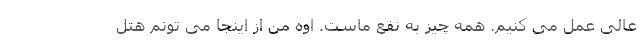
عالی عمل می کنیم. همه چیز به نفع ماست. اوه من از اینجا می تونم هتل